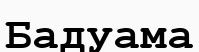
Бадуама